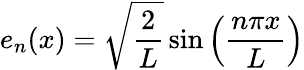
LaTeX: e_{n}(x)={\sqrt{\frac{2}{L}}}\sin\left({\frac{n\pi x}{L}}\right)